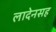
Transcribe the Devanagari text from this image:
लादेनसह